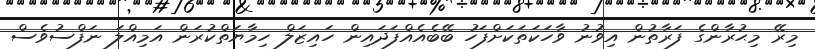
މިރޭ މިޙުރާންގެ ފަރާތުން އިވުނު ވާހަކަތަކަށްފަހު ބޭބެއެއްފަދައިން ހައިޒަލް ހިމާޔަތްކުރަން އަމިއްލަ ނަފްސުވެސް